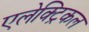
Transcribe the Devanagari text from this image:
एलेक्ट्रिकल